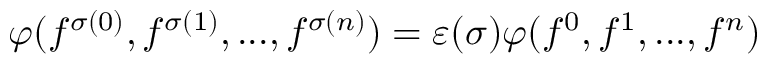
\varphi ( f ^ { \sigma ( 0 ) } , f ^ { \sigma ( 1 ) } , . . . , f ^ { \sigma ( n ) } ) = \varepsilon ( \sigma ) \varphi ( f ^ { 0 } , f ^ { 1 } , . . . , f ^ { n } )